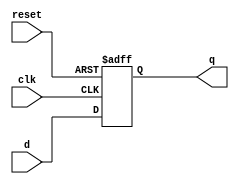
`timescale 1ns/1ns

`celldefine
module register
	#(
		parameter N = 4
	)
	(clk ,reset ,d ,q);
	
	input clk,reset;
	input  [N-1 : 0] d;
	output reg [N-1 : 0] q;
  
	always @ (posedge(clk),posedge(reset))
	begin
	if (reset)
		q <= 0;
	else
		q <= d;
	end
endmodule
`endcelldefine